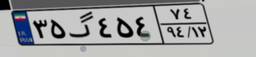
۰۲گ۲۳۷۸۱